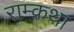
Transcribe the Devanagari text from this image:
राम्कथा